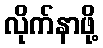
လိုက်နာဖို့